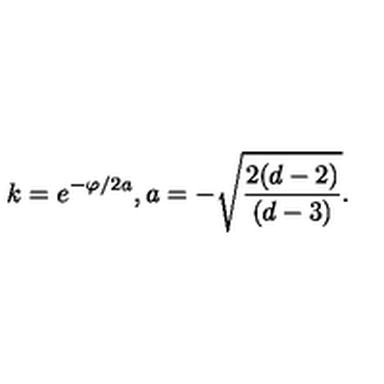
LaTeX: k = e ^ { - \varphi / 2 a } , a = - \sqrt { \frac { 2 ( d - 2 ) } { ( d - 3 ) } } .